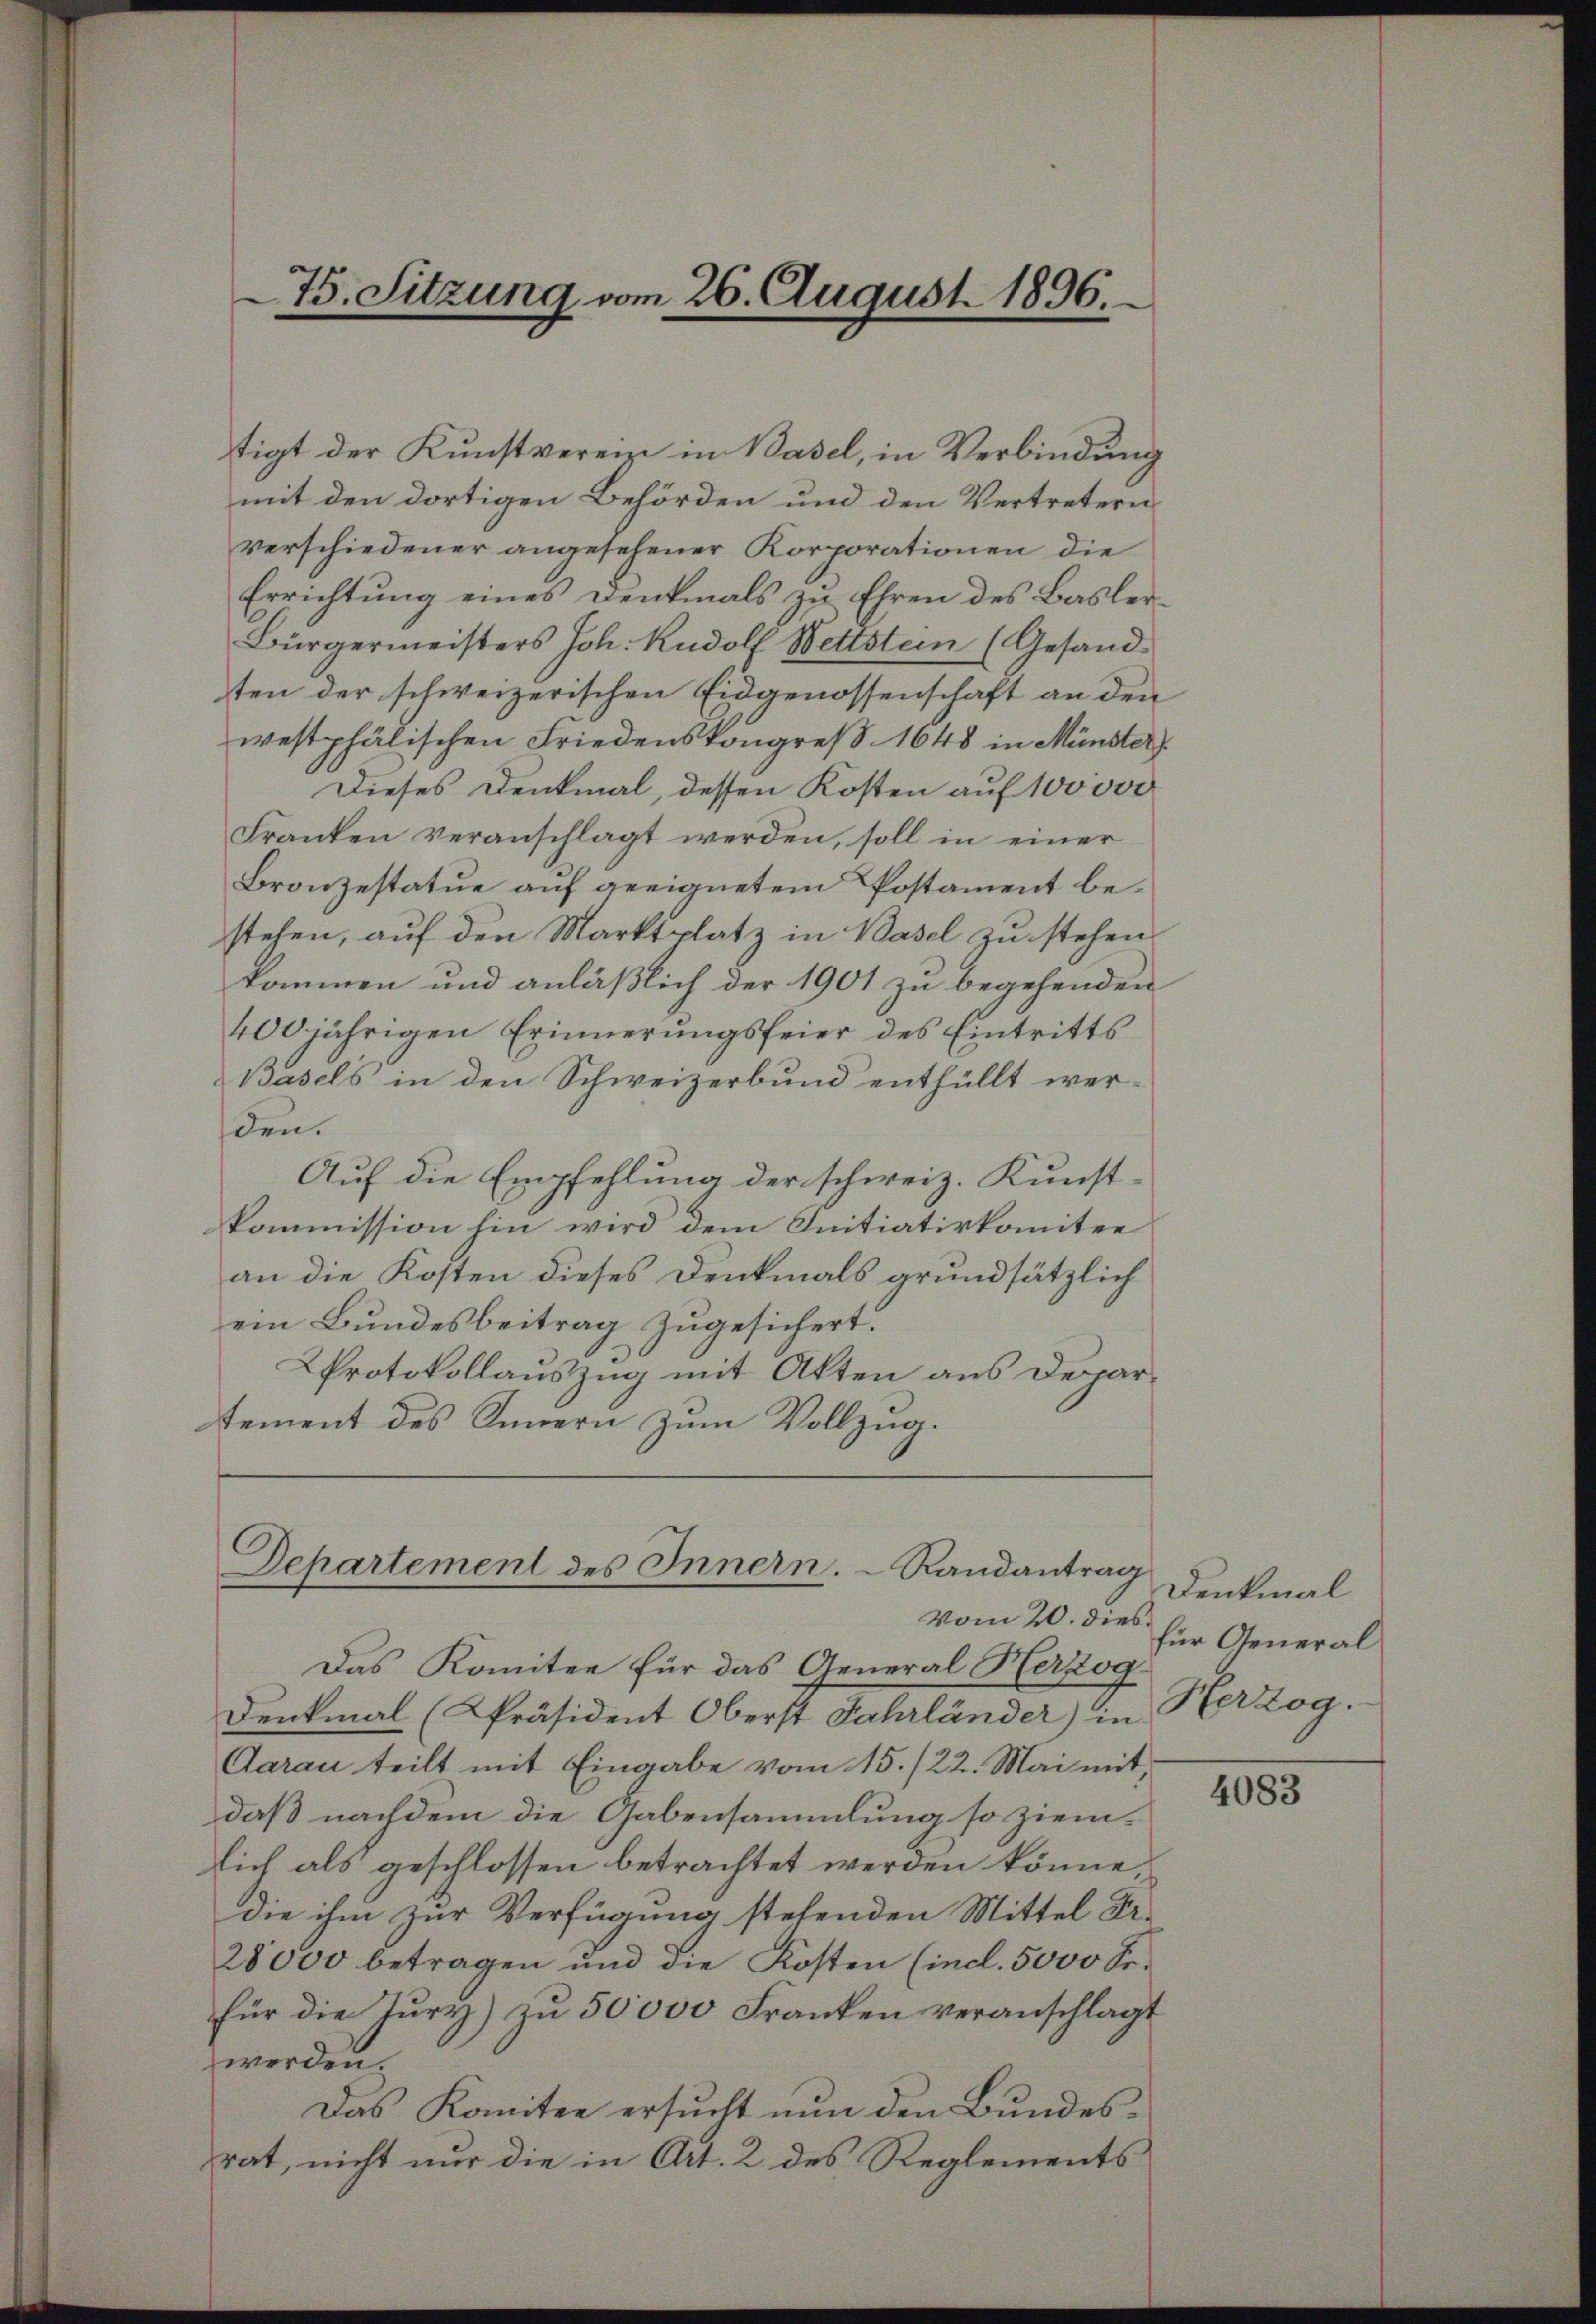
tigt der Kunstvereine in Basel, in Verbindung
mit den dortigen Behörden und den Vertretern
verschiedener angesehener Korporationen die
Errichtung eines Denkmals zu Ehren des Basler¬
Bürgermeisters Joh. Rudolf Wettstein (Gesand-
ten der schweizerischen Eidgenossenschaft an den
westphälischen Friedenskongreß 1648 in Münster).
Dieses Denkmal, dessen Kosten auf 100 000
Franken veranschlagt werden, soll in einer
Bronzestatue auf geeignetem Postament bestehen, auf den Marktplatz in Basel zu stehen.
kommen und anläßlich der 1901 zu begehenden
400jährigen Erinnerungsfeier des Eintritts
Basels in den Schweizerbund enthüllt werden.
Auf die Empfehlung der schweiz. Kunst-
kommission hin wird dem Initiativkomitee
an die Kosten dieses Denkmals grundsätzlich
ein Bundesbeitrag zugesichert.
Protokollauszug mit Akten aus Departement des Innern zum Vollzug.

75. Sitzung vom 26. August 1896.

Departement des Innern.  Randantrag
Vom 20. dies

Denkmal
für General
Herzog.

Das Komitee für das General Herzog
Denkmal (Präsident Oberst Jahrländer) in
Aarau teilt mit Eingabe vom 15./22. Mai mit,
daß nachdem die Gabensammlung so ziemlich als geschlossen betrachtet werden könne,
die ihm zur Verfügung stehenden Mittel Dr.
28000 betragen und die Kosten (indl. 5000 Se.
für die Tury) zu 50000 Franken veranschlagt
worden
Das Komitee ersucht nun den Bundesrat, nicht nur die in Art. 2 des Reglements

4083